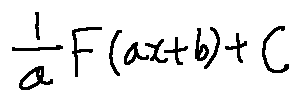
\frac { 1 } { a } F ( a x + b ) + C